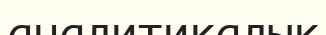
аналитикалык